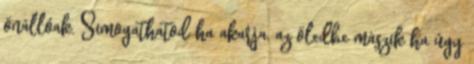
önállóak. Simogathatod ha akarja, az öledbe mászik ha úgy